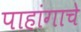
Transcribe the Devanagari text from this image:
पाहांगाचे